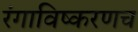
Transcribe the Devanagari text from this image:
रंगाविष्करणच